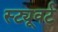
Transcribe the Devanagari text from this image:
स्ट्यूवर्ट